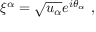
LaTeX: \xi ^ { \alpha } = \sqrt { u _ { \alpha } } e ^ { i \theta _ { \alpha } } \ ,